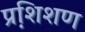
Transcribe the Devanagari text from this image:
प्रशि़शण